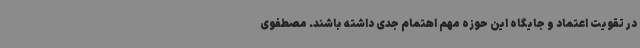
در تقویت اعتماد و جایگاه این حوزه مهم اهتمام جدی داشته باشند. مصطفوی